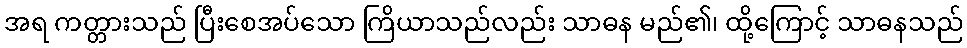
အရ ကတ္တားသည် ပြီးစေအပ်သော ကြိယာသည်လည်း သာဓန မည်၏၊ ထို့ကြောင့် သာဓနသည်